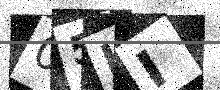
Text: 05HI